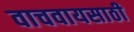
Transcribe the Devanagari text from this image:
वाचवायसाठी